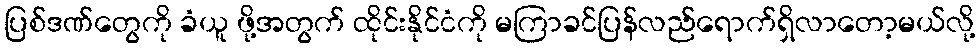
ပြစ်ဒဏ်တွေကို ခံယူ ဖို့အတွက် ထိုင်းနိုင်ငံကို မကြာခင်ပြန်လည်ရောက်ရှိလာတော့မယ်လို့